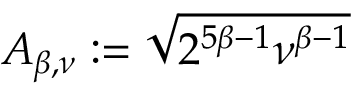
A _ { \beta , \nu } : = \sqrt { 2 ^ { 5 \beta - 1 } \nu ^ { \beta - 1 } }